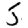
Digit: 5